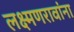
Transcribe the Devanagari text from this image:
लक्ष्मणरावांना